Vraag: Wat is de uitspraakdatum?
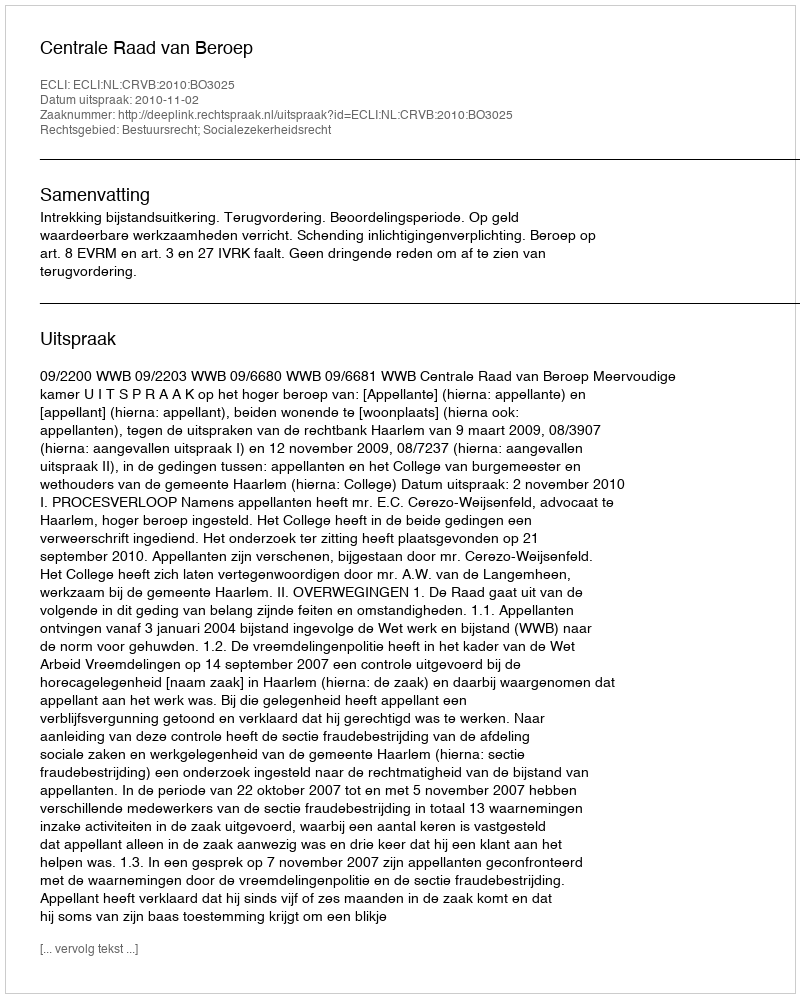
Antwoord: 2010-11-02